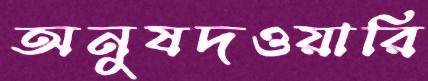
অনুষদওয়ারি